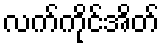
လက်ကိုင်အိတ်